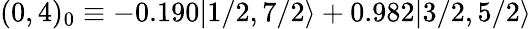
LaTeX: (0,4)_{0}\equiv-0.190|1/2,7/2\rangle+0.982|3/2,5/2\rangle